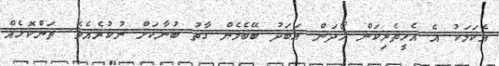
އެކަމަކު އެ އެހީތެރިކަން ހޯދަން އަބަދު ބޭބެމެން ގާތު ބުނާކަށް ނުކުރެއެވެ. ތަންކޮޅެއް